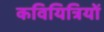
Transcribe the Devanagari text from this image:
कवियित्रियों